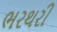
ભરથરી